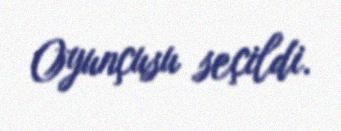
Oyunçusu seçildi.